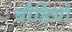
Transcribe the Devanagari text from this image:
बौर्डियो